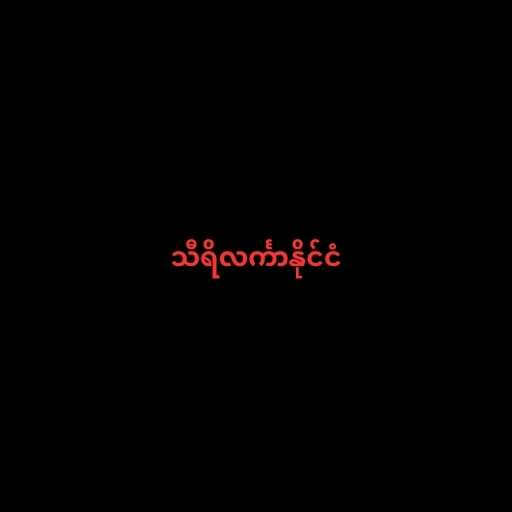
သီရိလင်္ကာနိုင်ငံ